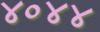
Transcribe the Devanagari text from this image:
४०४४